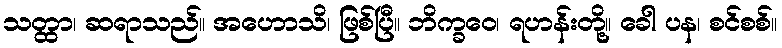
သတ္ထာ၊ ဆရာသည်။ အဟောသိ၊ ဖြစ်ပြီ။ ဘိက္ခဝေ၊ ရဟန်းတို့။ ခေါ ပန၊ စင်စစ်။